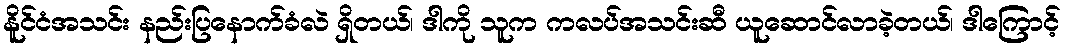
နိူင်ငံအသင်း နည်းပြနောက်ခံလဲ ရှိတယ်၊ ဒါကို သူက ကလပ်အသင်းဆီ ယူဆောင်လာခဲ့တယ်၊ ဒါကြောင့်